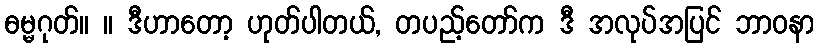
ဓမ္မဂုတ်။ ။ ဒီဟာတော့ ဟုတ်ပါတယ်, တပည့်တော်က ဒီ အလုပ်အပြင် ဘာဝနာ